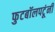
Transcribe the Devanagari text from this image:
फुटबॉलपटूंनी